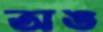
অঙ